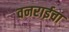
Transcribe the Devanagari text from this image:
वनराईचा